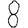
Digit: 8